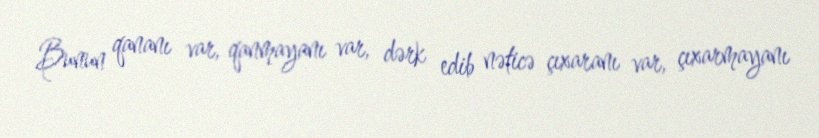
Bunun qananı var, qanmayanı var, dərk edib nəticə çıxaranı var, çıxarmayanı